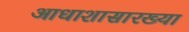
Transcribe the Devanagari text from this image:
आधाशासारख्या